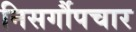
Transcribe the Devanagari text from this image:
निसर्गौपचार